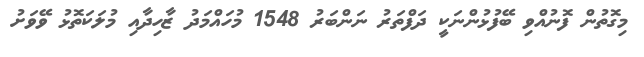
މިގޮތުން ފޮނުއްވި ބޭފުޅުންނަކީ ދަފްތަރު ނަންބަރު 1548 މުހައްމަދު ޒާހިދާއި މުލަކަތޮޅު ވޭވަށު